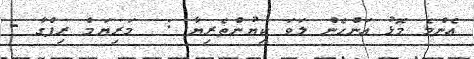
އެންމެ މޮޅު އަންހެން ލަވަ ކިޔުންތެރިޔާ :  މަރިޔަމް ރިފްގާ -